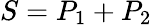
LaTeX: S=P_{1}+P_{2}